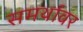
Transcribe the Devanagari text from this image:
समर्थावर